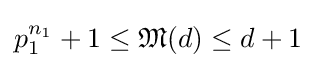
p_{1}^{n_{1}}+1\leq {\mathfrak {M}}(d)\leq d+1